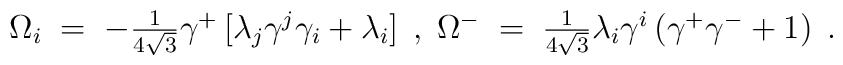
\Omega_{i} \;=\; -\textstyle{\frac{1}{4\sqrt{3}}}\gamma^{+}                 \left[                     \lambda_{j}\gamma^{j}\gamma_{i}+\lambda_{i}                 \right] \; ,\;\Omega^{-} \;=\; \textstyle{\frac{1}{4\sqrt{3}}}\lambda_{i}\gamma^{i}               \left(                  \gamma^{+}\gamma^{-}+1               \right) \; .